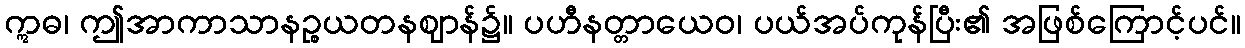
ဣဓ၊ ဤအာကာသာနဉ္စယတနဈာန်၌။ ပဟီနတ္တာယေဝ၊ ပယ်အပ်ကုန်ပြီး၏ အဖြစ်ကြောင့်ပင်။